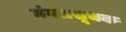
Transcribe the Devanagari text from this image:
मंगलसूचक